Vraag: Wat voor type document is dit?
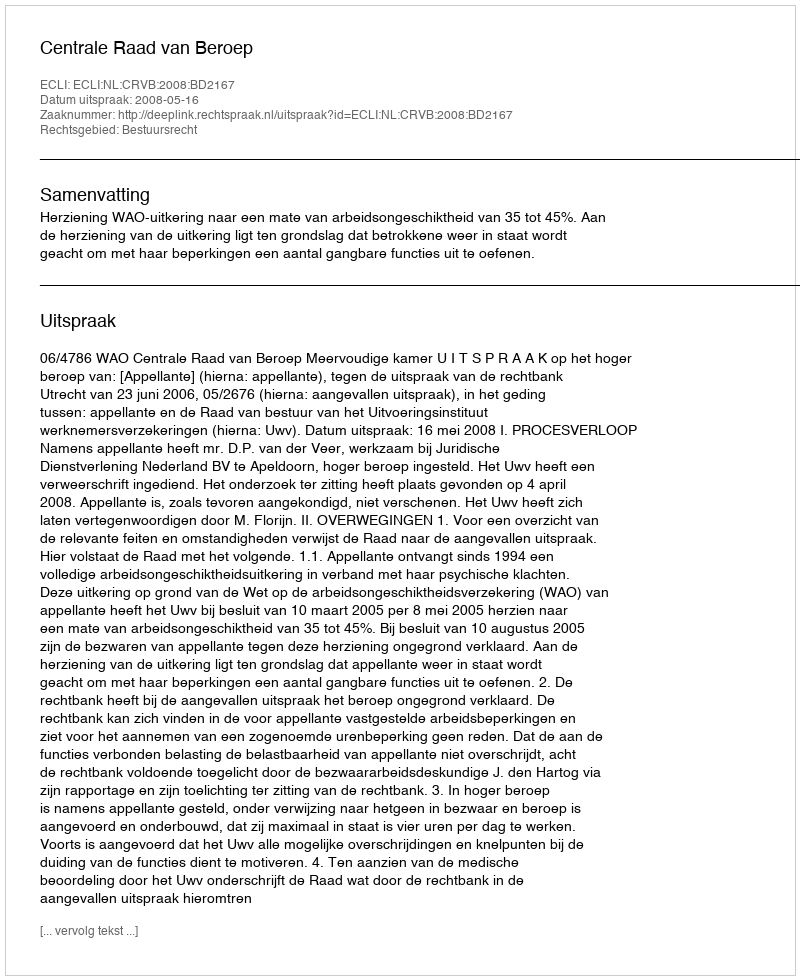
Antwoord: Uitspraak